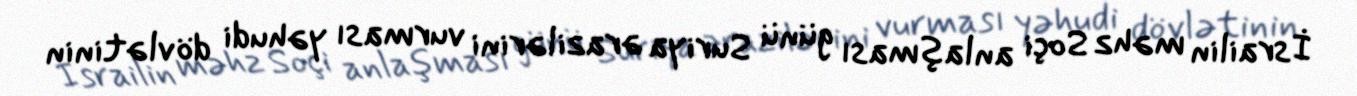
İsrailin məhz Soçi anlaşması günü Suriya ərazilərini vurması yəhudi dövlətinin